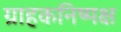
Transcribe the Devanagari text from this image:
ग्राहकनिष्पक्ष